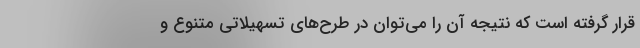
قرار گرفته است که نتیجه آن را می‌توان در طرح‌های تسهیلاتی متنوع و